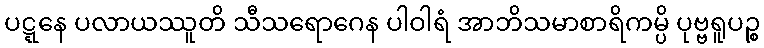
ပဋ္ဋနေ ပလာယဿူတိ သီသရောဂေန ပါဝါရံ အာဘိသမာစာရိကမ္ပိ ပုဗ္ဗရူပဉ္စ